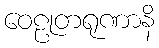
ဝေဠုတရုဏာနိ